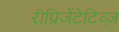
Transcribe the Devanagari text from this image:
रीप्रिजेंटेटिव्ज़